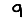
Digit: 9